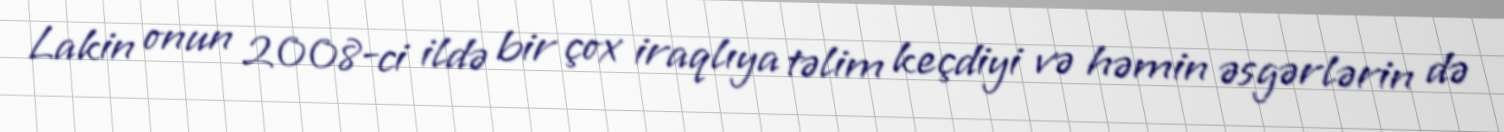
Lakin onun 2008-ci ildə bir çox iraqlıya təlim keçdiyi və həmin əsgərlərin də